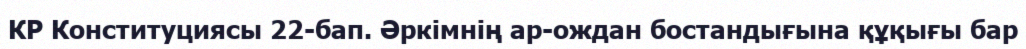
КР Конституциясы 22-бап. Әркiмнiң ар-ождан бостандығына құқығы бар